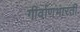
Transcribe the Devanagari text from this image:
गीर्वाणभारती